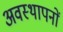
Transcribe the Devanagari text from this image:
अवस्थापनों